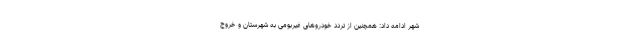
شهر ادامه داد: همچنین از تردد خودروهای غیربومی به شهرستان و خروج